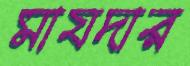
মাযদার